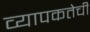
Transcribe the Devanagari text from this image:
व्यापकतेची